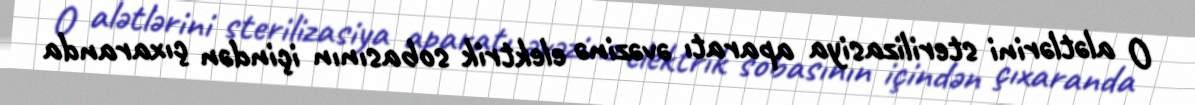
O alətlərini sterilizasiya aparatı əvəzinə elektrik sobasının içindən çıxaranda